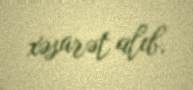
xəsarət alıb.